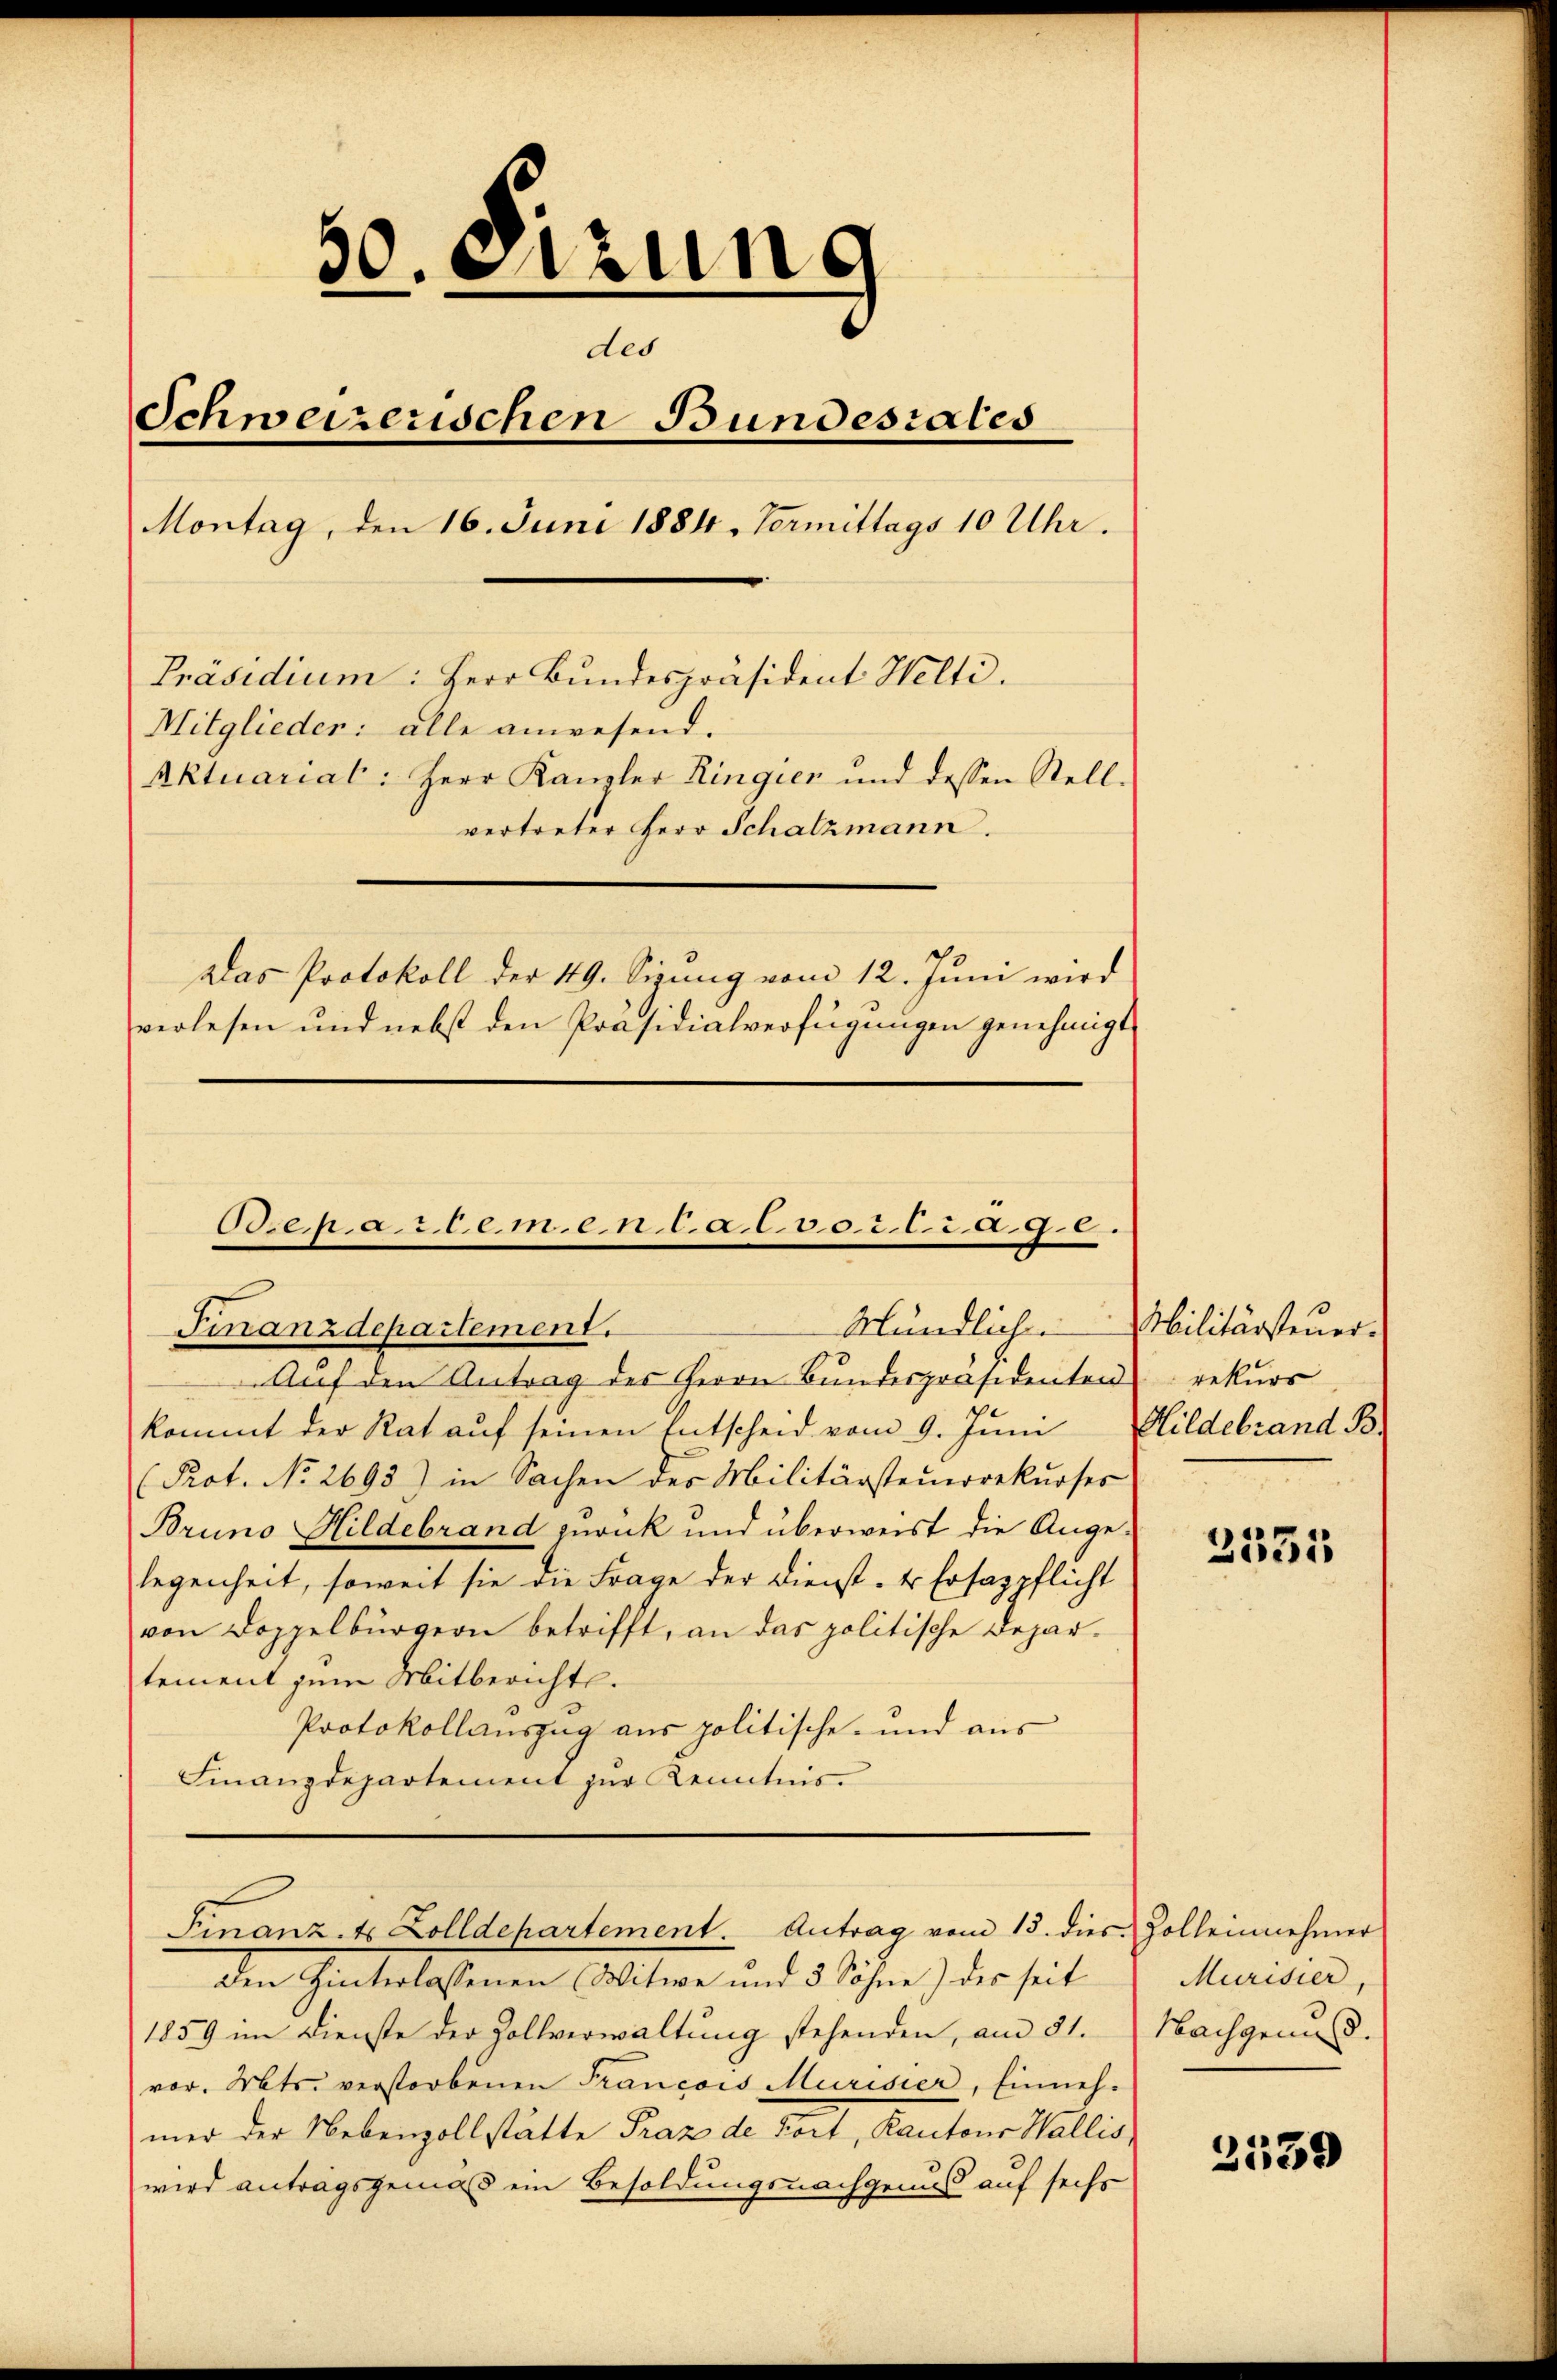
50. Sitzung
des
Schweizerischen Bundesrates
Montag, den 16. Juni 1884. Vormittags 10 Uhr.
Präsidium: Herr Bundespräsident Welti.
Mitglieder: alle anwesend.
Aktuariat: Herr Kanzler Ringien und dessen Stell-
vertreter Herr Schatzmann.
Das Protokoll der 49. Sizung vom 12. Juni wird
verlesen und nebst den Präsidialverfügungen genehmigt

Orepartemen l. a. c. 502. l. 2 a. g. 6.
Finanzdepartement.

Aŭf den Antrag des Herrn Bundespräsidenten rekurs
kommt der Rat auf seinen Entscheid vom 9. Juni
(Prot. No 2693) in Sachen des Militärsteuerrekurses
Bruno Hildebrand zurück und überweist die Ange-
legenheit, soweit sie die Frage der Dienst- u Ersatzpflicht
von Doppelbürgern betrifft, an das politische Departement zum Mitbericht.
Protokollauszug aus politische- und aus
Finanzdepartement zur Kenntnis.
Finanz. t Zolldepartement. Antrag vom 15. dies Zolleinnehmer
den Hinterlassenen Witwe und 3 Söhne) des seit
1859 im Dienste der Zollverwaltung stehenden, am 31.
vor. Mts. verstorbenen Francois Murisier, Einneh-
mer der Nebenzollstätte Prax de Fort, Kantons Wallis,
wird antragsgemäß ein Besoldungsnachgenuß auf sechs

Mündlich. Militärsteuer.
Hildebrand B

3531

Murisier,
Nachgenuss.

2539